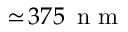
\simeq \! 3 7 5 \ensuremath { \, \mathrm { ~ n ~ m ~ } }